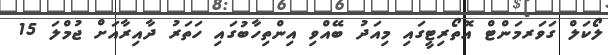
ލޯކަލް ގަވަރމަންޓް އޮތޯރިޓީގައި މިއަދު ބޭއްވި އިންތިހާބުގައި ހަތަރު ދާއިރާއަށް ޖުމްލަ 15